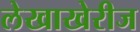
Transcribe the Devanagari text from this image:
लेखाखेरीज